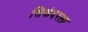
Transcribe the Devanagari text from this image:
सिकंदरला